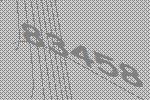
83458